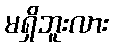
မရှိဘူးလား